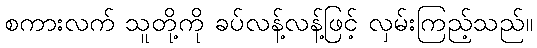
စကားလက် သူတို့ကို ခပ်လန့်လန့်ဖြင့် လှမ်းကြည့်သည်။